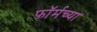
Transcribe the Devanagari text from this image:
फॉर्मच्या